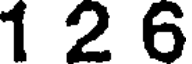
1 2 6